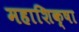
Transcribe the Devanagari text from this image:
महाशिक्षा